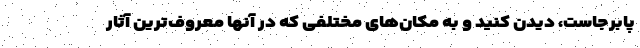
پابرجاست، دیدن کنید و به مکان‌های مختلفی که در آنها معروف‌ترین آثار